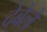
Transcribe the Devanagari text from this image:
देबेले